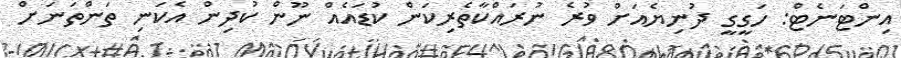
އިންޓަނެޓް: ހަގީގީ ދުނިޔެއަށް ވުރެ ނުރައްކާތެރިކަން ކުޑައެއް ނޫން ކުދިން އެކަނި ތަންތަނަށް